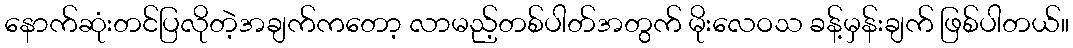
နောက်ဆုံးတင်ပြလိုတဲ့အချက်ကတော့ လာမည့်တစ်ပါတ်အတွက် မိုးလေဝသ ခန့်မှန်းချက် ဖြစ်ပါတယ်။